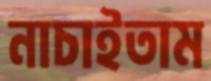
নাচাইতাম